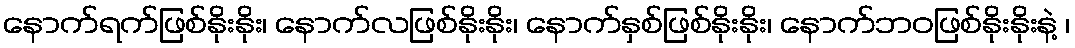
နောက်ရက်ဖြစ်နိုးနိုး၊ နောက်လဖြစ်နိုးနိုး၊ နောက်နှစ်ဖြစ်နိုးနိုး၊ နောက်ဘဝဖြစ်နိုးနိုးနဲ့ ၊